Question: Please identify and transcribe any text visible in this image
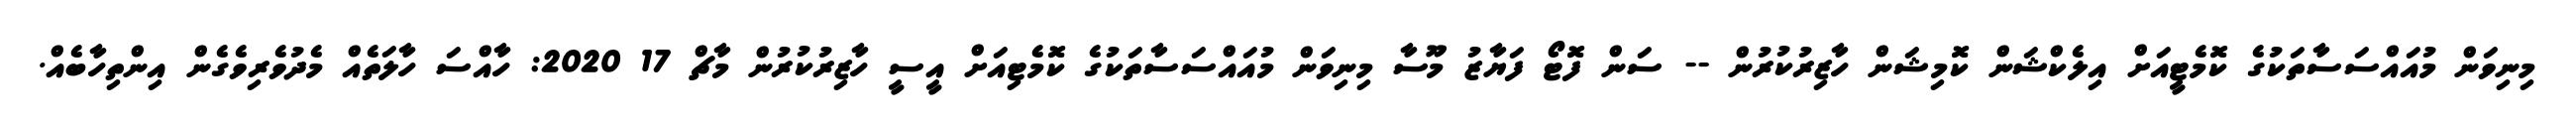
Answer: މިނިވަން މުއައްސަސާތަކުގެ ކޮމެޓީއަށް އިލެކްޝަން ކޮމިޝަން ހާޒިރުކުރުން -- ސަން ފޮޓޯ ފަޔާޒު މޫސާ މިނިވަން މުއައްސަސާތަކުގެ ކޮމެޓިއަށް އީސީ ހާޒިރުކުރުން މާޗް 17 2020: ހާއްސަ ހާލަތެއް މެދުވެރިވެގެން އިންތިހާބެއް.